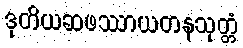
ဒုတိယဆဖဿာယတနသုတ္တံ